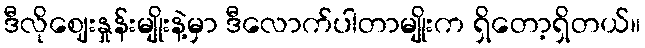
ဒီလိုဈေးနှုန်းမျိုးနဲ့မှာ ဒီလောက်ပါတာမျိုးက ရှိတော့ရှိတယ်။